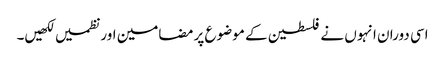
اسی دوران انہوں نے فلسطین کے موضوع پر مضامین اور نظمیں لکھیں۔